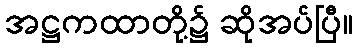
အဋ္ဌကထာတို့၌ ဆိုအပ်ပြီ။